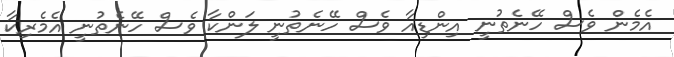
އެމެން ވެސް ހޭނެތުނީ އިންޑިއާ ވެސް ހޭނެތުނީ ލަންކާ ވެސް ހޭނެތުނީ އެމެރިކާ